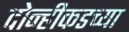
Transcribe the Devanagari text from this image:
दोन्हीकडच्या